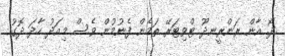
ދޯ. އާން ރަންރީނދޫ ޓްވިޓަރޭ ތަމެން ފެނުމުން ވެސް މިއަދު ހާދަ ދޮގު